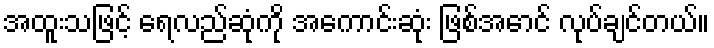
အထူးသဖြင့် ရေလည်ဆုံကို အကောင်းဆုံး ဖြစ်အောင် လုပ်ချင်တယ်။